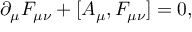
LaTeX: \partial _ { \mu } F _ { \mu \nu } + [ A _ { \mu } , F _ { \mu \nu } ] = 0 ,